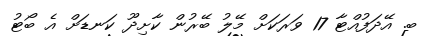
ބ. އޭދަފުއްޓާ 17 ވަރަކަށް މޭލު ބޭރުން ކާށިދޫ ކަނޑަށް އެ ބޯޓު